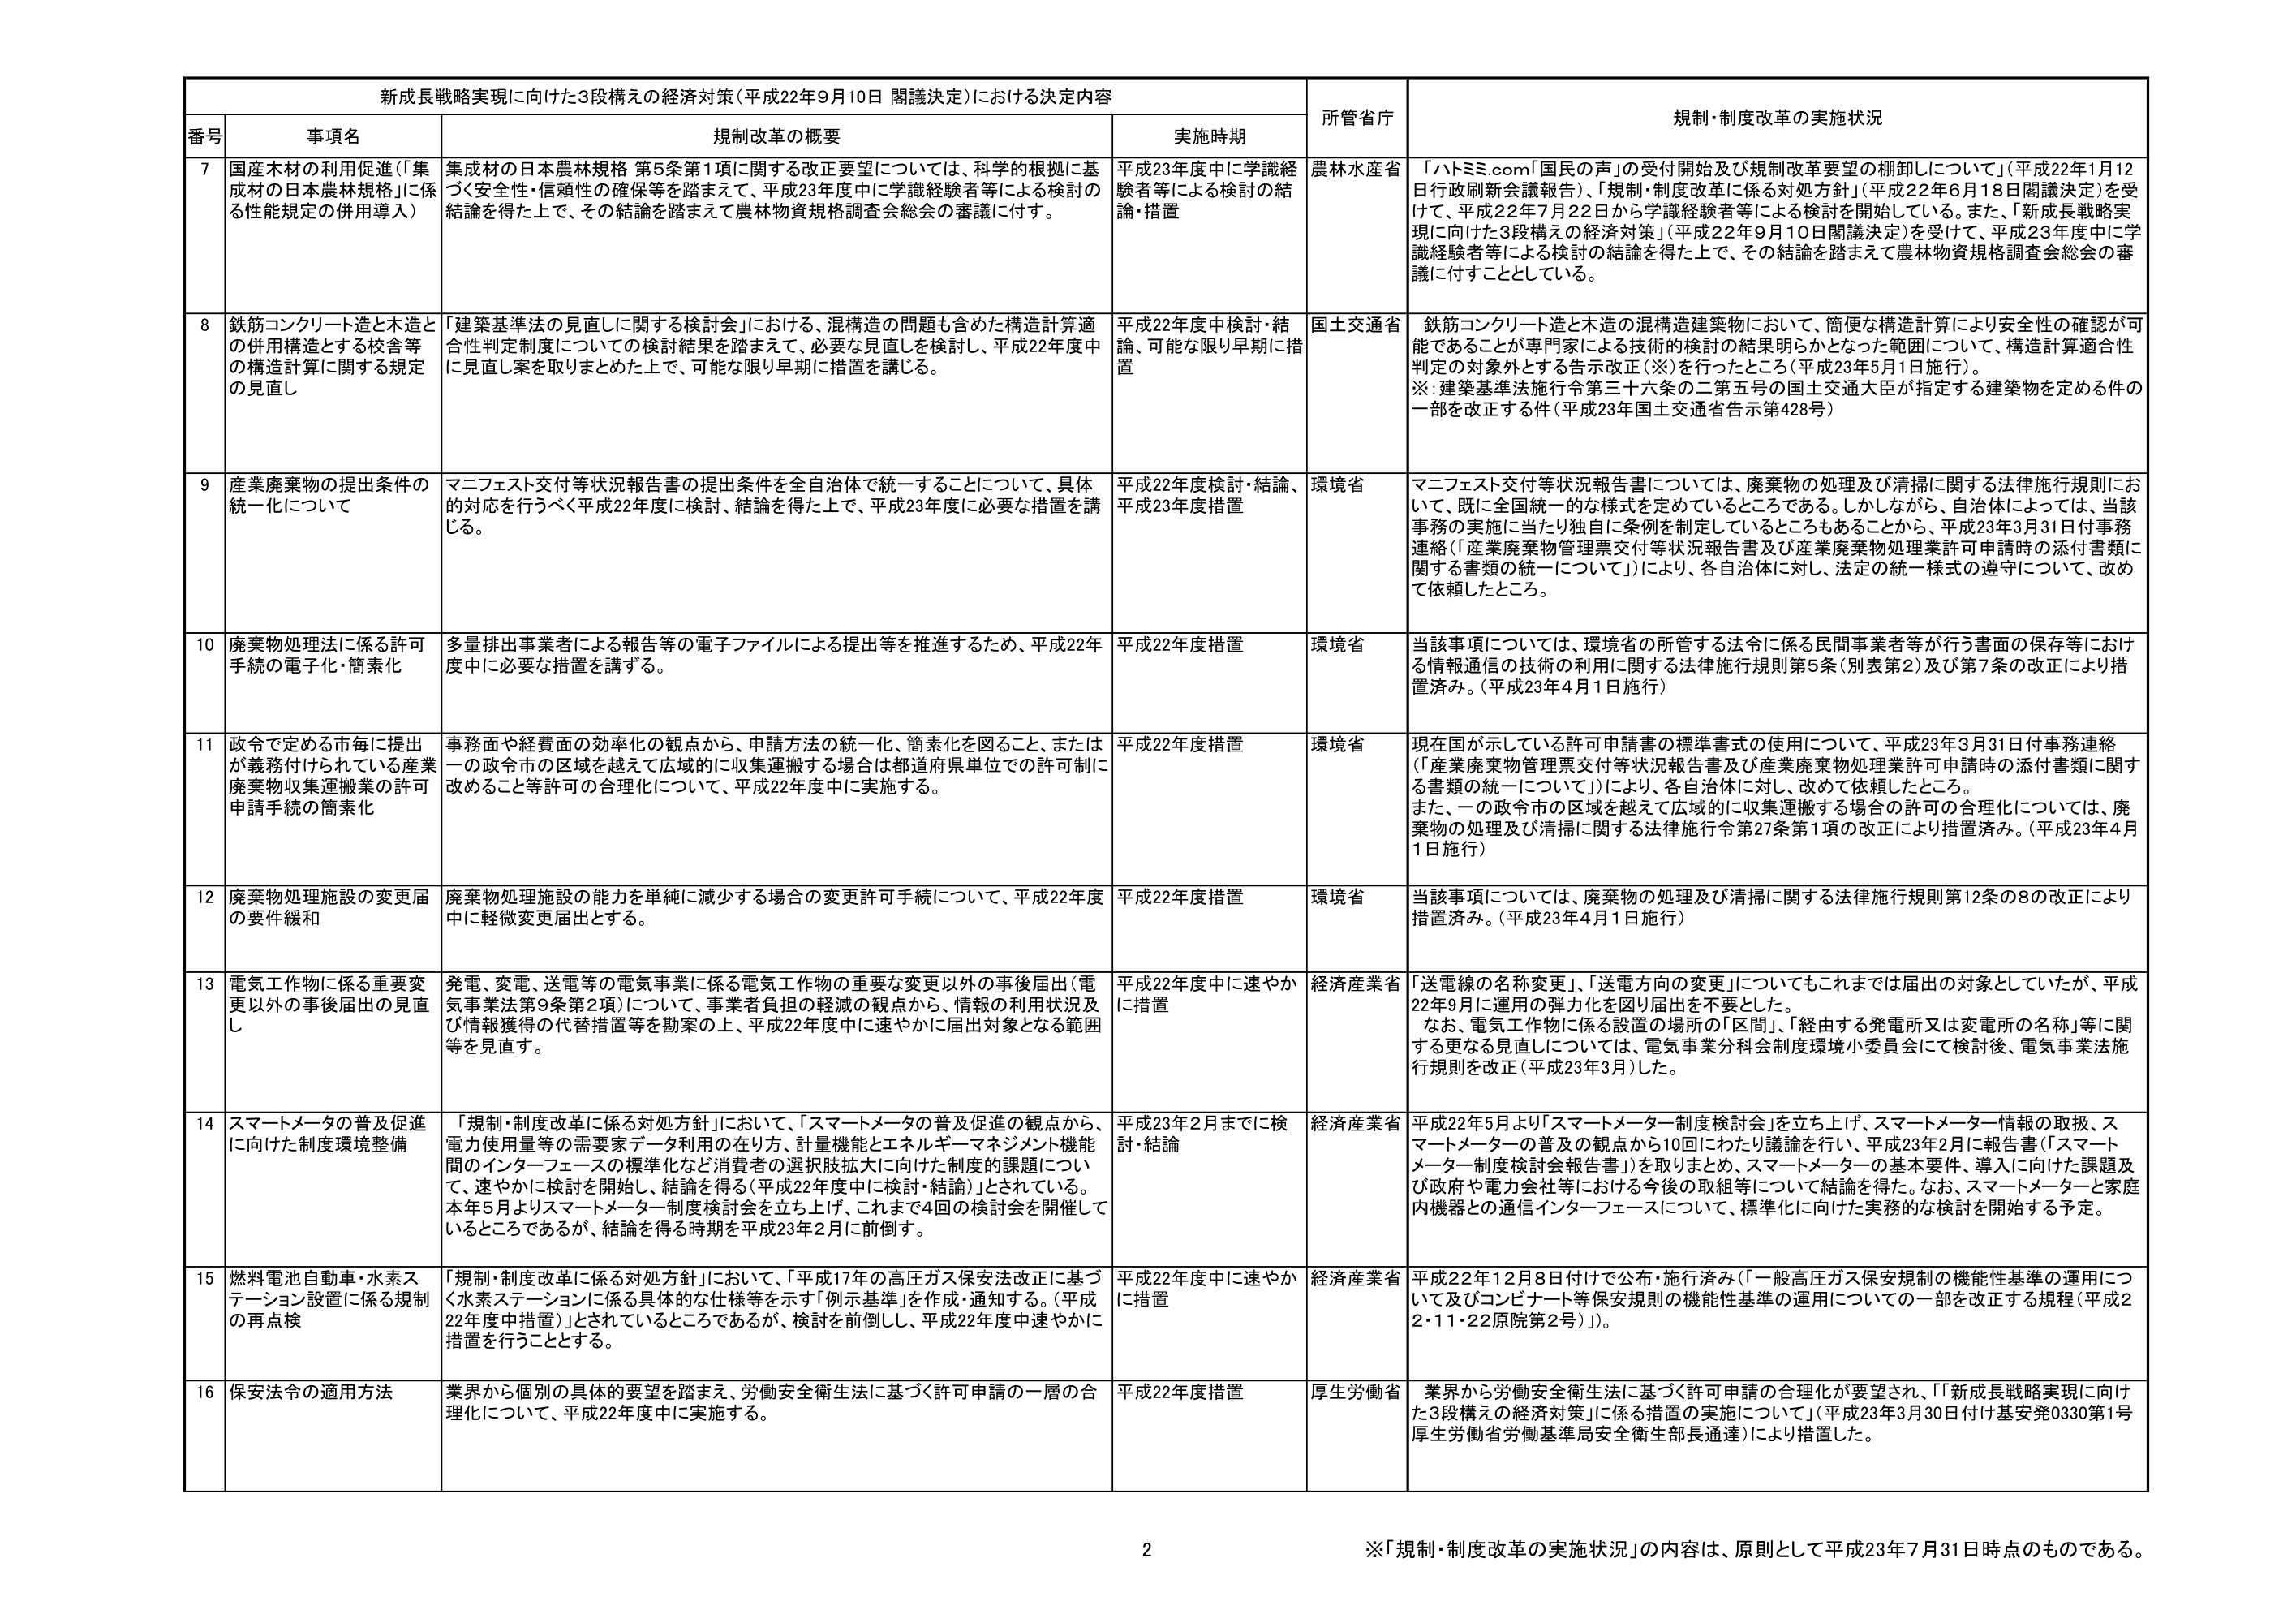
新成長戦略実現に向けた3段構えの経済対策（平成22年9月10日 閣議決定）における決定内容

番号 事項名 規制改革の概要 実施時期 所管省庁 規制・制度改革の実施状況

7 国産木材の利用促進（「集成材の日本農林規格」に係る性能規定の併用導入） 集成材の日本農林規格 第5条第1項に関する改正要望については、科学的根拠に基づく安全性・信頼性の確保等を踏まえて、平成23年度中に学識経験者等による検討の結論を得た上で、その結論を踏まえて農林物資規格調査会総会の審議に付す。 平成23年度中に学識経験者等による検討の結論・措置 農林水産省 「ハトミミ.com「国民の声」の受付開始及び規制改革要望の棚卸しについて」（平成22年1月12日行政刷新会議報告）、「規制・制度改革に係る対処方針」（平成22年6月18日閣議決定）を受けて、平成22年7月22日から学識経験者等による検討を開始している。また、「新成長戦略実現に向けた3段構えの経済対策」（平成22年9月10日閣議決定）を受けて、平成23年度中に学識経験者等による検討の結論を得た上で、その結論を踏まえて農林物資規格調査会総会の審議に付すこととしている。

8 鉄筋コンクリート造と木造との併用構造とする校舎等の構造計算に関する規定の見直し 「建築基準法の見直しに関する検討会」における、混構造の問題も含めた構造計算適合性判定制度についての検討結果を踏まえて、必要な見直しを検討し、平成22年度中に見直し案を取りまとめた上で、可能な限り早期に措置を講じる。 平成22年度中検討・結論、可能な限り早期に措置 国土交通省 鉄筋コンクリート造と木造の混構造建築物において、簡便な構造計算により安全性の確認が可能であることが専門家による技術的検討の結果明らかとなった範囲について、構造計算適合性判定の対象外とする告示改正（※）を行ったところ（平成23年5月1日施行）。 ※：建築基準法施行令第三十六条の二第五号の国土交通大臣が指定する建築物を定める件の一部を改正する件（平成23年国土交通省告示第428号）

9 産業廃棄物の提出条件の統一化について マニフェスト交付等状況報告書の提出条件を全自治体で統一することについて、具体的対応を行うべく平成22年度に検討、結論を得た上で、平成23年度に必要な措置を講じる。 平成22年度検討・結論、平成23年度措置 環境省 マニフェスト交付等状況報告書については、廃棄物の処理及び清掃に関する法律施行規則において、既に全国統一的な様式を定めているところである。しかしながら、自治体によっては、当該事務の実施に当たり独自に条例を制定しているところもあることから、平成23年3月31日付事務連絡（「産業廃棄物管理票交付等状況報告書及び産業廃棄物処理業許可申請時の添付書類に関する書類の統一について」）により、各自治体に対し、法定の統一様式の遵守について、改めて依頼したところ。

10 廃棄物処理法に係る許可手続の電子化・簡素化 多量排出事業者による報告等の電子ファイルによる提出等を推進するため、平成22年度中に必要な措置を講ずる。 平成22年度措置 環境省 当該事項については、環境省の所管する法令に係る民間事業者等が行う書面の保存等における情報通信の技術の利用に関する法律施行規則第5条（別表第2）及び第7条の改正により措置済み。（平成23年4月1日施行）

11 政令で定める市毎に提出が義務付けられている産業廃棄物収集運搬業の許可申請手続の簡素化 事務面や経費面の効率化の観点から、申請方法の統一化、簡素化を図ること、または一の政令市の区域を越えて広域的に収集運搬する場合は都道府県単位での許可制に改めること等許可の合理化について、平成22年度中に実施する。 平成22年度措置 環境省 現在国が示している許可申請書の標準書式の使用について、平成23年3月31日付事務連絡（「産業廃棄物管理票交付等状況報告書及び産業廃棄物処理業許可申請時の添付書類に関する書類の統一について」）により、各自治体に対し、改めて依頼したところ。また、一の政令市の区域を越えて広域的に収集運搬する場合の許可の合理化については、廃棄物の処理及び清掃に関する法律施行令第27条第1項の改正により措置済み。（平成23年4月1日施行）

12 廃棄物処理施設の変更届の要件緩和 廃棄物処理施設の能力を単純に減少する場合の変更許可手続について、平成22年度中に軽微変更届出とする。 平成22年度措置 環境省 当該事項については、廃棄物の処理及び清掃に関する法律施行規則第12条の8の改正により措置済み。（平成23年4月1日施行）

13 電気工作物に係る重要変更以外の事後届出の見直し 発電、変電、送電等の電気事業に係る電気工作物の重要な変更以外の事後届出（電気事業法第9条第2項）について、事業者負担の軽減の観点から、情報の利用状況及び情報獲得の代替措置等を勘案の上、平成22年度中に速やかに届出対象となる範囲等を見直す。 平成22年度中に速やかに措置 経済産業省 「送電線の名称変更」、「送電方向の変更」についてもこれまでは届出の対象としていたが、平成22年9月に運用の弾力化を図り届出を不要とした。 なお、電気工作物に係る設置の場所の「区間」、「経由する発電所又は変電所の名称」等に関する更なる見直しについては、電気事業分科会制度環境小委員会にて検討後、電気事業法施行規則を改正（平成23年3月）した。

14 スマートメータの普及促進に向けた制度環境整備 「規制・制度改革に係る対処方針」において、「スマートメータの普及促進の観点から、電力使用量等の需要家データ利用の在り方、計量機能とエネルギーマネジメント機能間のインターフェースの標準化など消費者の選択肢拡大に向けた制度的課題について、速やかに検討を開始し、結論を得る（平成22年度中に検討・結論）」とされている。本年5月よりスマートメータ制度検討会を立ち上げ、これまで4回の検討会を開催しているところであるが、結論を得る時期を平成23年2月に前倒す。 平成23年2月までに検討・結論 経済産業省 平成22年5月より「スマートメータ制度検討会」を立ち上げ、スマートメータ情報の取扱、スマートメータの普及の観点から10回にわたり議論を行い、平成23年2月に報告書（「スマートメータ制度検討会報告書」）を取りまとめ、スマートメータの基本要件、導入に向けた課題及び政府や電力会社等における今後の取組等について結論を得た。なお、スマートメータと家庭内機器との通信インターフェースについて、標準化に向けた実務的な検討を開始する予定。

15 燃料電池自動車・水素ステーション設置に係る規制の再点検 「規制・制度改革に係る対処方針」において、「平成17年の高圧ガス保安法改正に基づく水素ステーションに係る具体的な仕様等を示す「例示基準」を作成・通知する。（平成22年度中措置）」とされているところであるが、検討を前倒し、平成22年度中速やかに措置を行うこととする。 平成22年度中に速やかに措置 経済産業省 平成22年12月8日付けで公布・施行済み（「一般高圧ガス保安規制の機能性基準の運用について及びコンビナート等保安規則の機能性基準の運用についての一部を改正する規程（平成22・11・22原院第2号）」）。

16 保安法令の適用方法 業界から個別の具体的要望を踏まえ、労働安全衛生法に基づく許可申請の一層の合理化について、平成22年度中に実施する。 平成22年度措置 厚生労働省 業界から労働安全衛生法に基づく許可申請の合理化が要望され、「新成長戦略実現に向けた3段構えの経済対策」に係る措置の実施について」（平成23年3月30日付基安発0330第1号厚生労働省労働基準局安全衛生部長通達）により措置した。

※「規制・制度改革の実施状況」の内容は、原則として平成23年7月31日時点のものである。